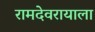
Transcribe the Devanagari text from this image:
रामदेवरायाला